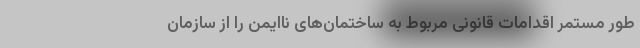
طور مستمر اقدامات قانونی مربوط به ساختمان‌های ناایمن را از سازمان